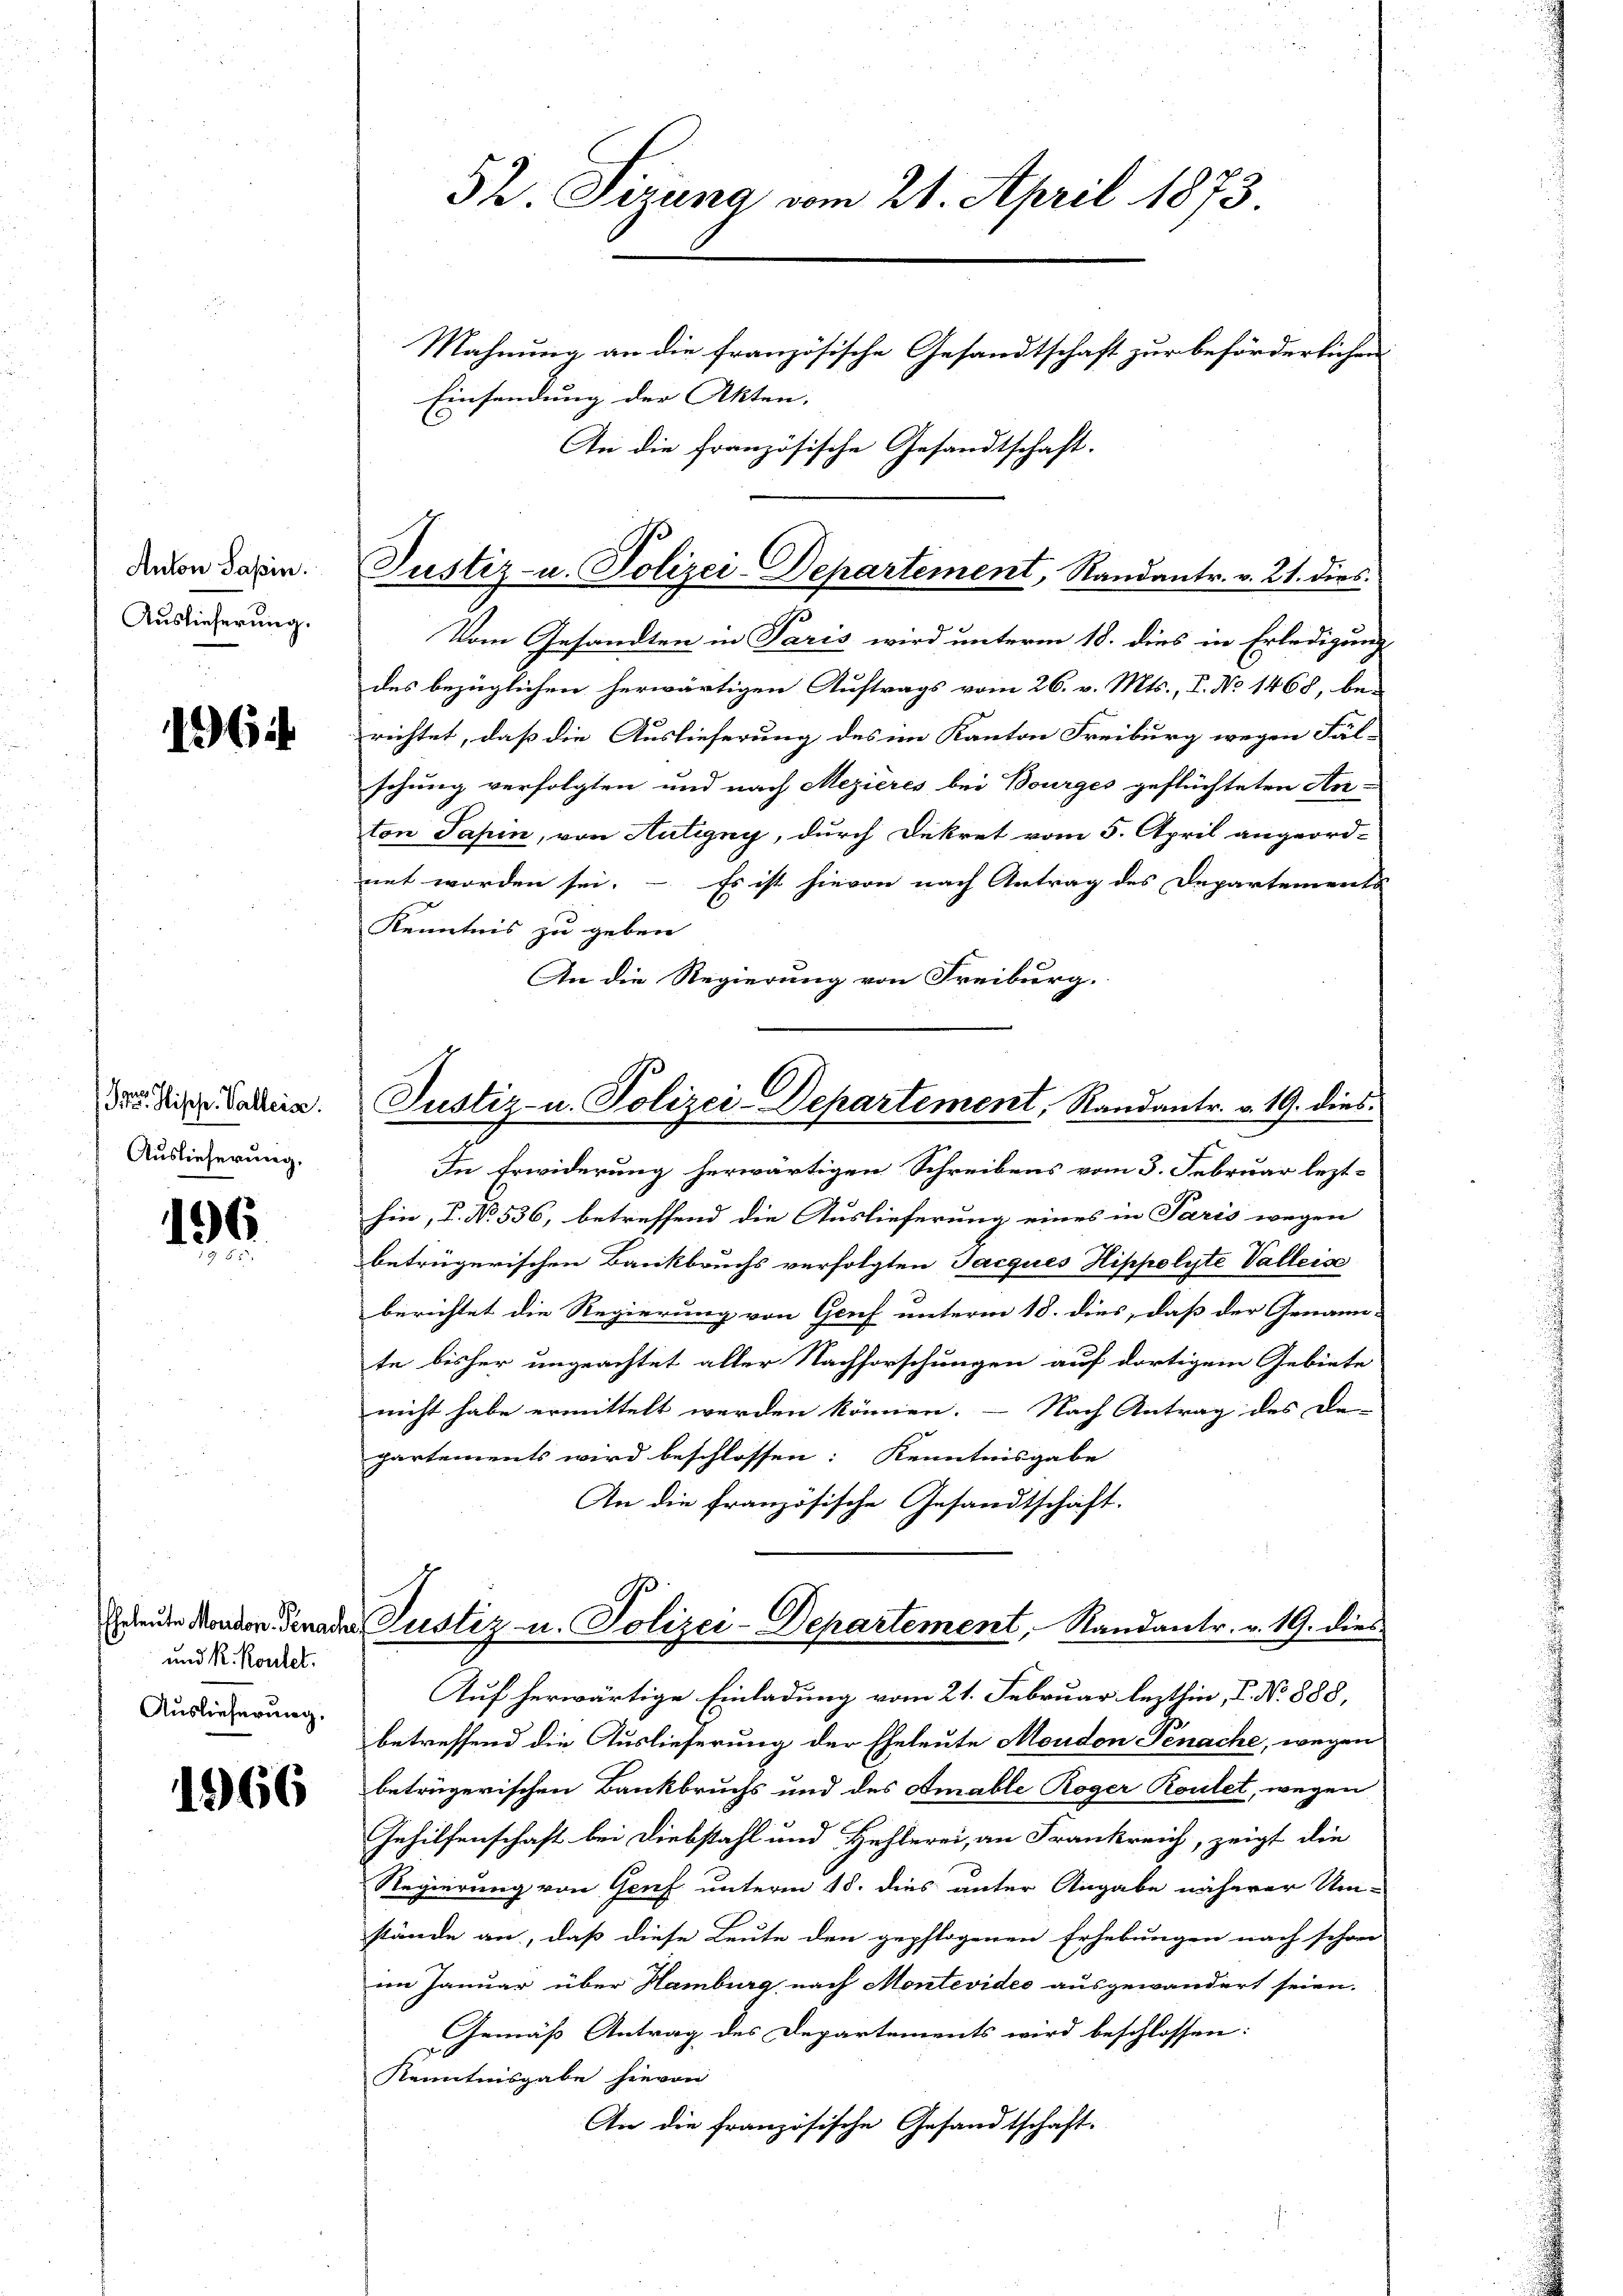
Anton Paßin.
Auslieferung.

1964

Ger. Hische Vallein.
Auslieferung.

196

und R. Kontel.
Auslieferung.

1966

An die französische Gesandtschaft.

52. Sizung vom 21. April 1873
Mahnung an die französische Gesandtschaft zur beförderlichen
Einsendung der Akten. |

Justiz- u. Polizei-Departement, Randantr. v. 21. dies

Justiz- u. Polizei-Departement, Randantr. v. 19. dies

Vom Gesandten in Paris wird unterm 18. dies in Erledigung
des bezüglichen herwärtigen Auftrags vom 26. v. Mts., I. No 1468, be-
richtet, daß die Auslieferung des im Kanton Freiburg wegen Fäl-
schung verfolgten und nach Mezieres bei Bourges geflüchteten An-
ton Jahin, von Autigny, durch Dekret vom 5. April angeord-
net worden sei. – Es ist hievon nach Antrag des Departements
Kenntnis zu geben.
An die Regierung von Freiburg.
In Erwiderung herwärtigen Schreibens vom 3. Februar lezthin, I. No. 536, betreffend die Auslieferung eines in Paris wegen
betrügerischen Bankbruchs verfolgten Jacques Hippolyte Valleic
berichtet die Regierung von Genf unterm 18. dies, daß der Genann-
te bisher ungeachtet aller Nachforschungen auf dortigem Gebiete
nicht habe ermittelt werden können. - Nach Antrag des De-
x
partements wird beschlossen: Kenntnisgabe
An die französische Gesandtschaft.
Edeute Monder Gerader Justiz u. Polizei-Departement, Randantr. v. 19. dies
Auf herwärtige Einladung vom 21. Februar lezthin, C. No 888,
betreffend die Auslieferung der Eheleute Moudon Penache, wegen
betrügerischen Bankbruchs und des Amable Roger Roulet, wegen
Iehilfenschaft bei Diebstahl und Hehlerei, an Frankreich, zeigt die
Regierung von Genf unterm 18. dies unter Angabe näherer Um-
stände an, daß diese Leute den gepflogenen Erhebungen nach schon
im Januar über Hamburg nach Montevides ausgewandert seien.
Gemäß Antrag des Departements wird beschlossen:
Kenntnisgabe hievon
An die französische Gesandtschaft.